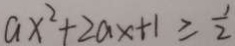
a x ^ { 2 } + 2 a x + 1 \geq \frac { 1 } { 2 }